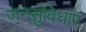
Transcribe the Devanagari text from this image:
जनसुविधाएं